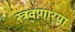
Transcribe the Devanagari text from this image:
स्त्रवणार्‍या